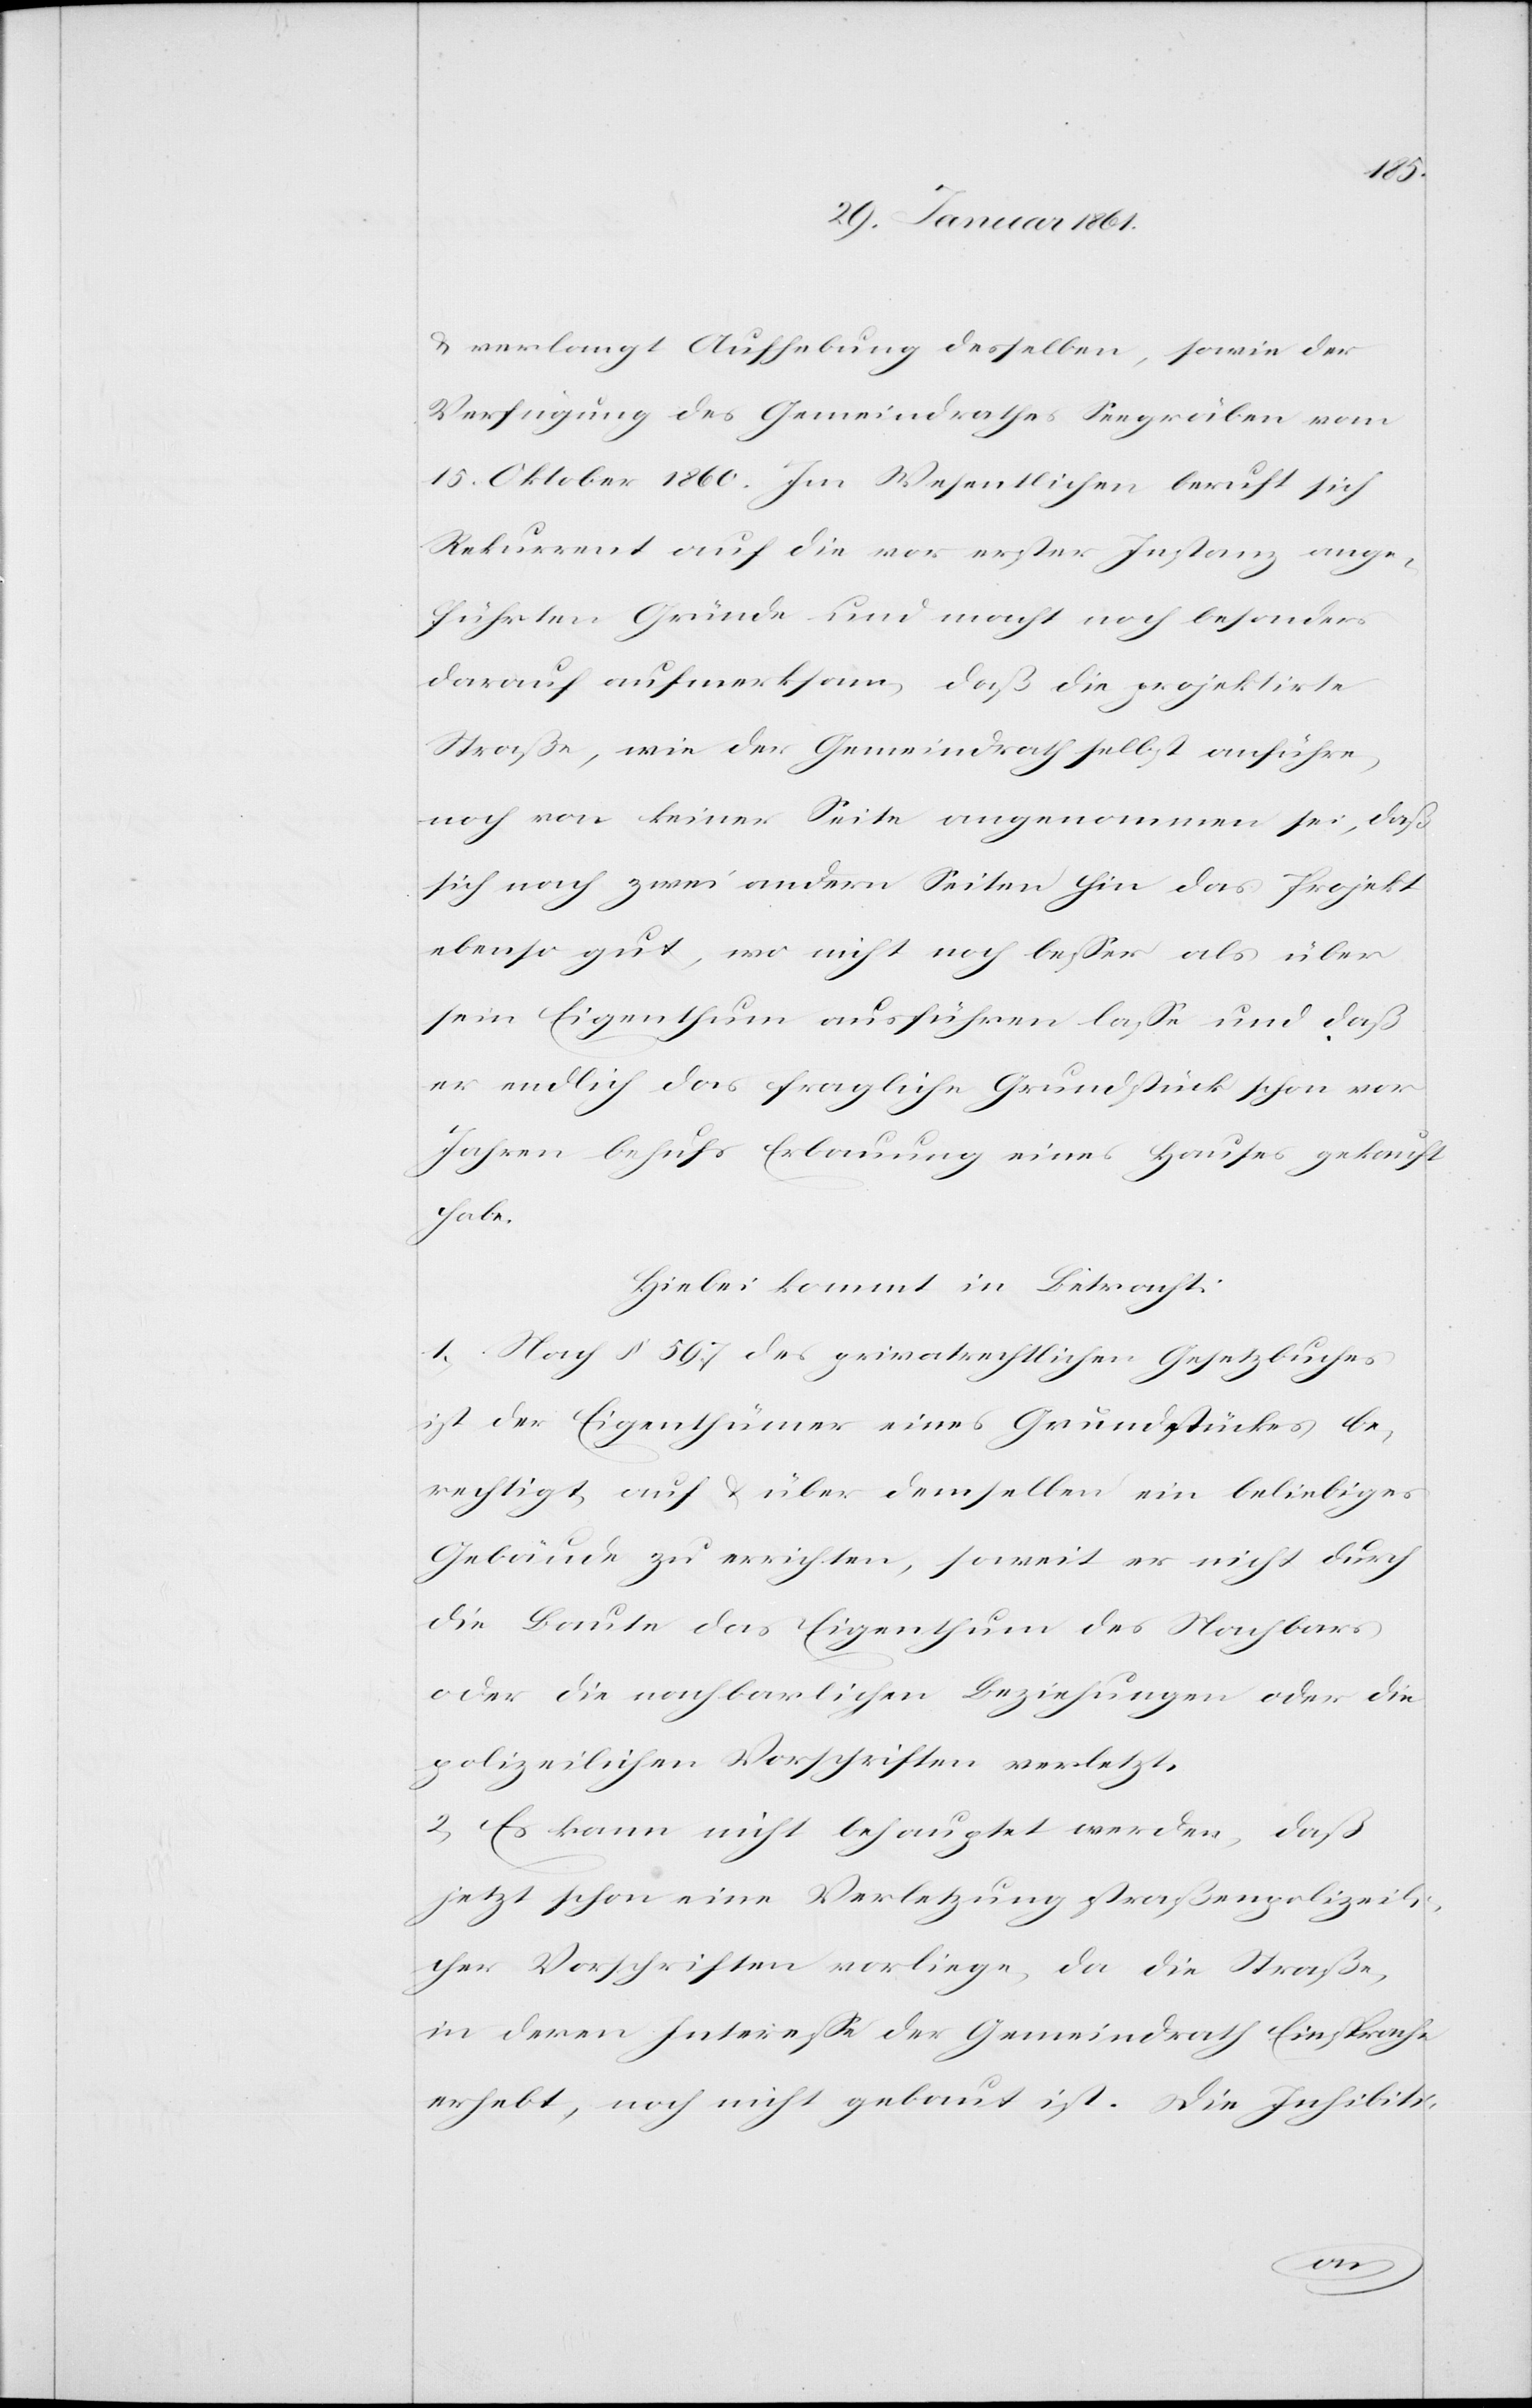
u. verlangt Aufhebung desselben, sowie der
Verfügung des Gemeindrathes Seegräben vom
15. Oktober 1860. Im Wesentlichen beruft sich
Rekurrent auf die vor erster Instanz ange¬
führten Gründe und macht noch besonders
darauf aufmerksam, daß die projektirte
Straße, wie der Gemeindrath selbst anführe,
noch von keiner Seite angenommen sei, daß
sich nach zwei andern Seiten hin das Projekt
ebenso gut, wo nicht noch besser als über
sein Eigenthum ausführen lasse und daß
er endlich das fragliche Grundstück schon vor
Jahren behufs Erbauung eines Hauses gekauft
habe.
Hiebei kommt in Betracht:
1) Nach § 597 des privatrechtlichen Gesetzbuches
ist der Eigenthümer eines Grundstückes be¬
rechtigt, auf u. über demselben ein beliebiges
Gebäude zu errichten, soweit es nicht durch
die Baute das Eigenthum des Nachbars
oder die nachbarlichen Beziehungen oder die
polizeilichen Vorschriften verletzt.
2) Es kann nicht behauptet werden, daß
jetzt schon eine Verletzung straßenpolizeili¬
cher Vorschriften vorliege, da die Straße,
in deren Interesse der Gemeindrath Einsprache
erhebt, noch nicht gebaut ist. Die Inhibiti-